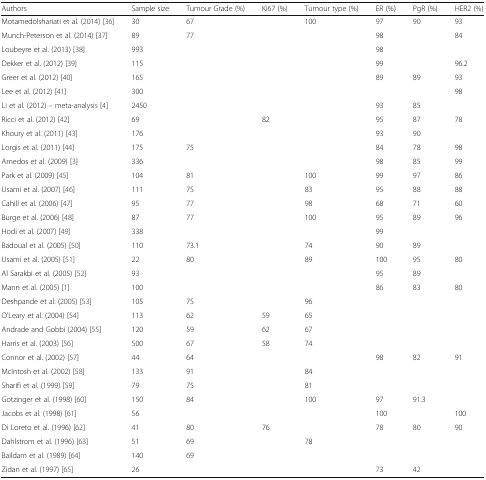
<table><thead><tr><td><b>Authors</b></td><td><b>Sample size</b></td><td><b>Tumour Grade (%)</b></td><td><b>Ki67 (%)</b></td><td><b>Tumour type (%)</b></td><td><b>ER (%)</b></td><td><b>PgR (%)</b></td><td><b>HER2 (%)</b></td></tr></thead><tbody><tr><td>Motamedolshariati et al. (2014) [36]</td><td>30</td><td>67</td><td></td><td>100</td><td>97</td><td>90</td><td>93</td></tr><tr><td>Munch-Peterson et al. (2014) [37]</td><td>89</td><td>77</td><td></td><td></td><td>98</td><td></td><td>84</td></tr><tr><td>Loubeyre et al. (2013) [38]</td><td>993</td><td></td><td></td><td></td><td>98</td><td></td><td></td></tr><tr><td>Dekker et al. (2012) [39]</td><td>115</td><td></td><td></td><td></td><td>99</td><td></td><td>96.2</td></tr><tr><td>Greer et al. (2012) [40]</td><td>165</td><td></td><td></td><td></td><td>89</td><td>89</td><td>93</td></tr><tr><td>Lee et al. (2012) [41]</td><td>300</td><td></td><td></td><td></td><td></td><td></td><td>98</td></tr><tr><td>Li et al. (2012) – meta-analysis [4]</td><td>2450</td><td></td><td></td><td></td><td>93</td><td>85</td><td></td></tr><tr><td>Ricci et al. (2012) [42]</td><td>69</td><td></td><td>82</td><td></td><td>95</td><td>87</td><td>78</td></tr><tr><td>Khoury et al. (2011) [43]</td><td>176</td><td></td><td></td><td></td><td>93</td><td>90</td><td></td></tr><tr><td>Lorgis et al. (2011) [44]</td><td>175</td><td>75</td><td></td><td></td><td>84</td><td>78</td><td>98</td></tr><tr><td>Arnedos et al. (2009) [3]</td><td>336</td><td></td><td></td><td></td><td>98</td><td>85</td><td>99</td></tr><tr><td>Park et al. (2009) [45]</td><td>104</td><td>81</td><td></td><td>100</td><td>99</td><td>97</td><td>86</td></tr><tr><td>Usami et al. (2007) [46]</td><td>111</td><td>75</td><td></td><td>83</td><td>95</td><td>88</td><td>88</td></tr><tr><td>Cahill et al. (2006) [47]</td><td>95</td><td>77</td><td></td><td>98</td><td>68</td><td>71</td><td>60</td></tr><tr><td>Burge et al. (2006) [48]</td><td>87</td><td>77</td><td></td><td>100</td><td>95</td><td>89</td><td>96</td></tr><tr><td>Hodi et al. (2007) [49]</td><td>338</td><td></td><td></td><td></td><td>99</td><td></td><td></td></tr><tr><td>Badoual et al. (2005) [50]</td><td>110</td><td>73.1</td><td></td><td>74</td><td>90</td><td>89</td><td></td></tr><tr><td>Usami et al. (2005) [51]</td><td>22</td><td>80</td><td></td><td>89</td><td>100</td><td>95</td><td>80</td></tr><tr><td>Al Sarakbi et al. (2005) [52]</td><td>93</td><td></td><td></td><td></td><td>95</td><td>89</td><td></td></tr><tr><td>Mann et al. (2005) [1]</td><td>100</td><td></td><td></td><td></td><td>86</td><td>83</td><td>80</td></tr><tr><td>Deshpande et al. (2005) [53]</td><td>105</td><td>75</td><td></td><td>96</td><td></td><td></td><td></td></tr><tr><td>O&#x27;Leary et al. (2004) [54]</td><td>113</td><td>62</td><td>59</td><td>65</td><td></td><td></td><td></td></tr><tr><td>Andrade and Gobbi (2004) [55]</td><td>120</td><td>59</td><td>62</td><td>67</td><td></td><td></td><td></td></tr><tr><td>Harris et al. (2003) [56]</td><td>500</td><td>67</td><td>58</td><td>74</td><td></td><td></td><td></td></tr><tr><td>Connor et al. (2002) [57]</td><td>44</td><td>64</td><td></td><td></td><td>98</td><td>82</td><td>91</td></tr><tr><td>McIntosh et al. (2002) [58]</td><td>133</td><td>91</td><td></td><td>84</td><td></td><td></td><td></td></tr><tr><td>Sharifi et al. (1999) [59]</td><td>79</td><td>75</td><td></td><td>81</td><td></td><td></td><td></td></tr><tr><td>Gotzinger et al. (1998) [60]</td><td>150</td><td>84</td><td></td><td>100</td><td>97</td><td>91.3</td><td></td></tr><tr><td>Jacobs et al. (1998) [61]</td><td>56</td><td></td><td></td><td></td><td>100</td><td></td><td>100</td></tr><tr><td>Di Loreto et al. (1996) [62]</td><td>41</td><td>80</td><td>76</td><td></td><td>78</td><td>80</td><td>90</td></tr><tr><td>Dahlstrom et al. (1996) [63]</td><td>51</td><td>69</td><td></td><td>78</td><td></td><td></td><td></td></tr><tr><td>Baildam et al. (1989) [64]</td><td>140</td><td>69</td><td></td><td></td><td></td><td></td><td></td></tr><tr><td>Zidan et al. (1997) [65]</td><td>26</td><td></td><td></td><td></td><td>73</td><td>42</td><td></td></tr></tbody></table>